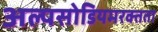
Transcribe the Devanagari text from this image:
अल्पसोडियमरक्तता